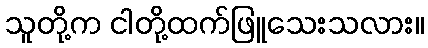
သူတို့က ငါတို့ထက်ဖြူသေးသလား။